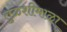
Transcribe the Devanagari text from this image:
तुळशीमाळा